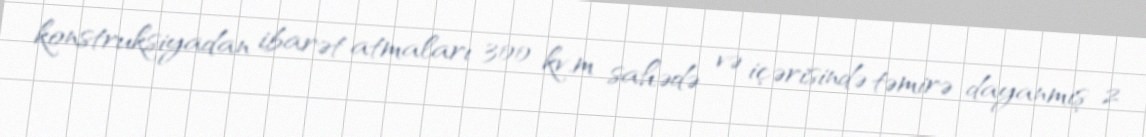
konstruksiyadan ibarət atmaları 300 kv.m sahədə və içərisində təmirə dayanmış 2